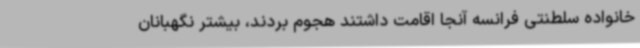
خانواده سلطنتی فرانسه آنجا اقامت داشتند هجوم بردند، بیشتر نگهبانان